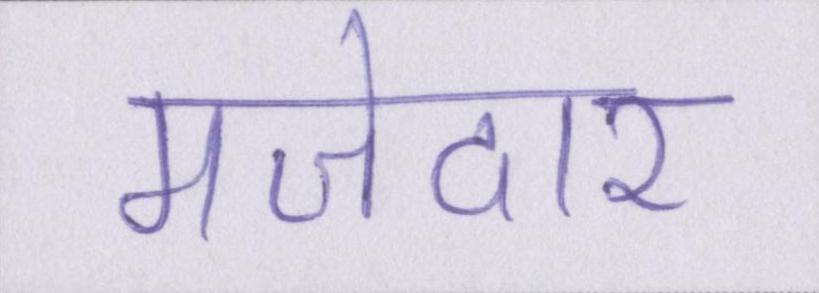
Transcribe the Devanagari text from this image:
मजेदार